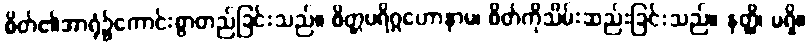
စိတ်၏အာရုံ၌ကောင်းစွာတည်ခြင်းသည်။ စိတ္တပရိဂ္ဂဟောနာမ၊ စိတ်ကိုသိမ်းဆည်းခြင်းသည်။ နတ္ထိ၊ မရှိ။